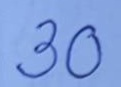
30